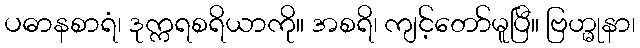
ပဓာနစာရံ၊ ဒုက္ကရစရိယာကို။ အစရိ၊ ကျင့်တော်မူပြီ။ ဗြဟ္မုနာ၊